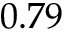
0 . 7 9